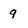
Character: 9